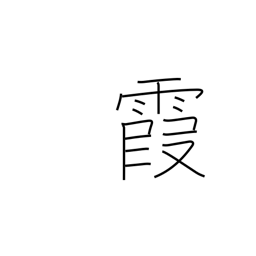
Meaning: be hazy